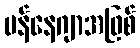
မန်နေဂျာအဖြစ်